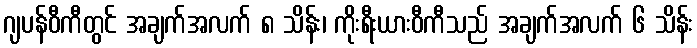
ဂျပန်ဝီကီတွင် အချက်အလက် ၈ သိန်း၊ ကိုးရီးယားဝီကီသည် အချက်အလက် ၆ သိန်း